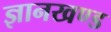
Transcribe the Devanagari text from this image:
ज्ञानखण्ड